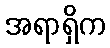
အရာရှိက